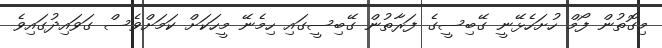
މިގޮތުން ފޯމް ހުށަހެޅޭނީ ގޭބިސީގެ ފަރާތުން ގޭބިސީގައި ހިމެނޭ މީހަކަށް ކަމަށްވެސް ގަވައިދުގައިވެ